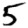
Digit: 5